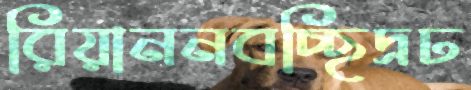
রিয়াননবচ্ছিদ্রঢ